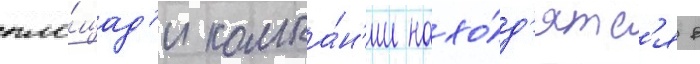
пло́щад'и компа́н'ии нахо́д'ятс'я в